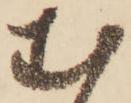
む